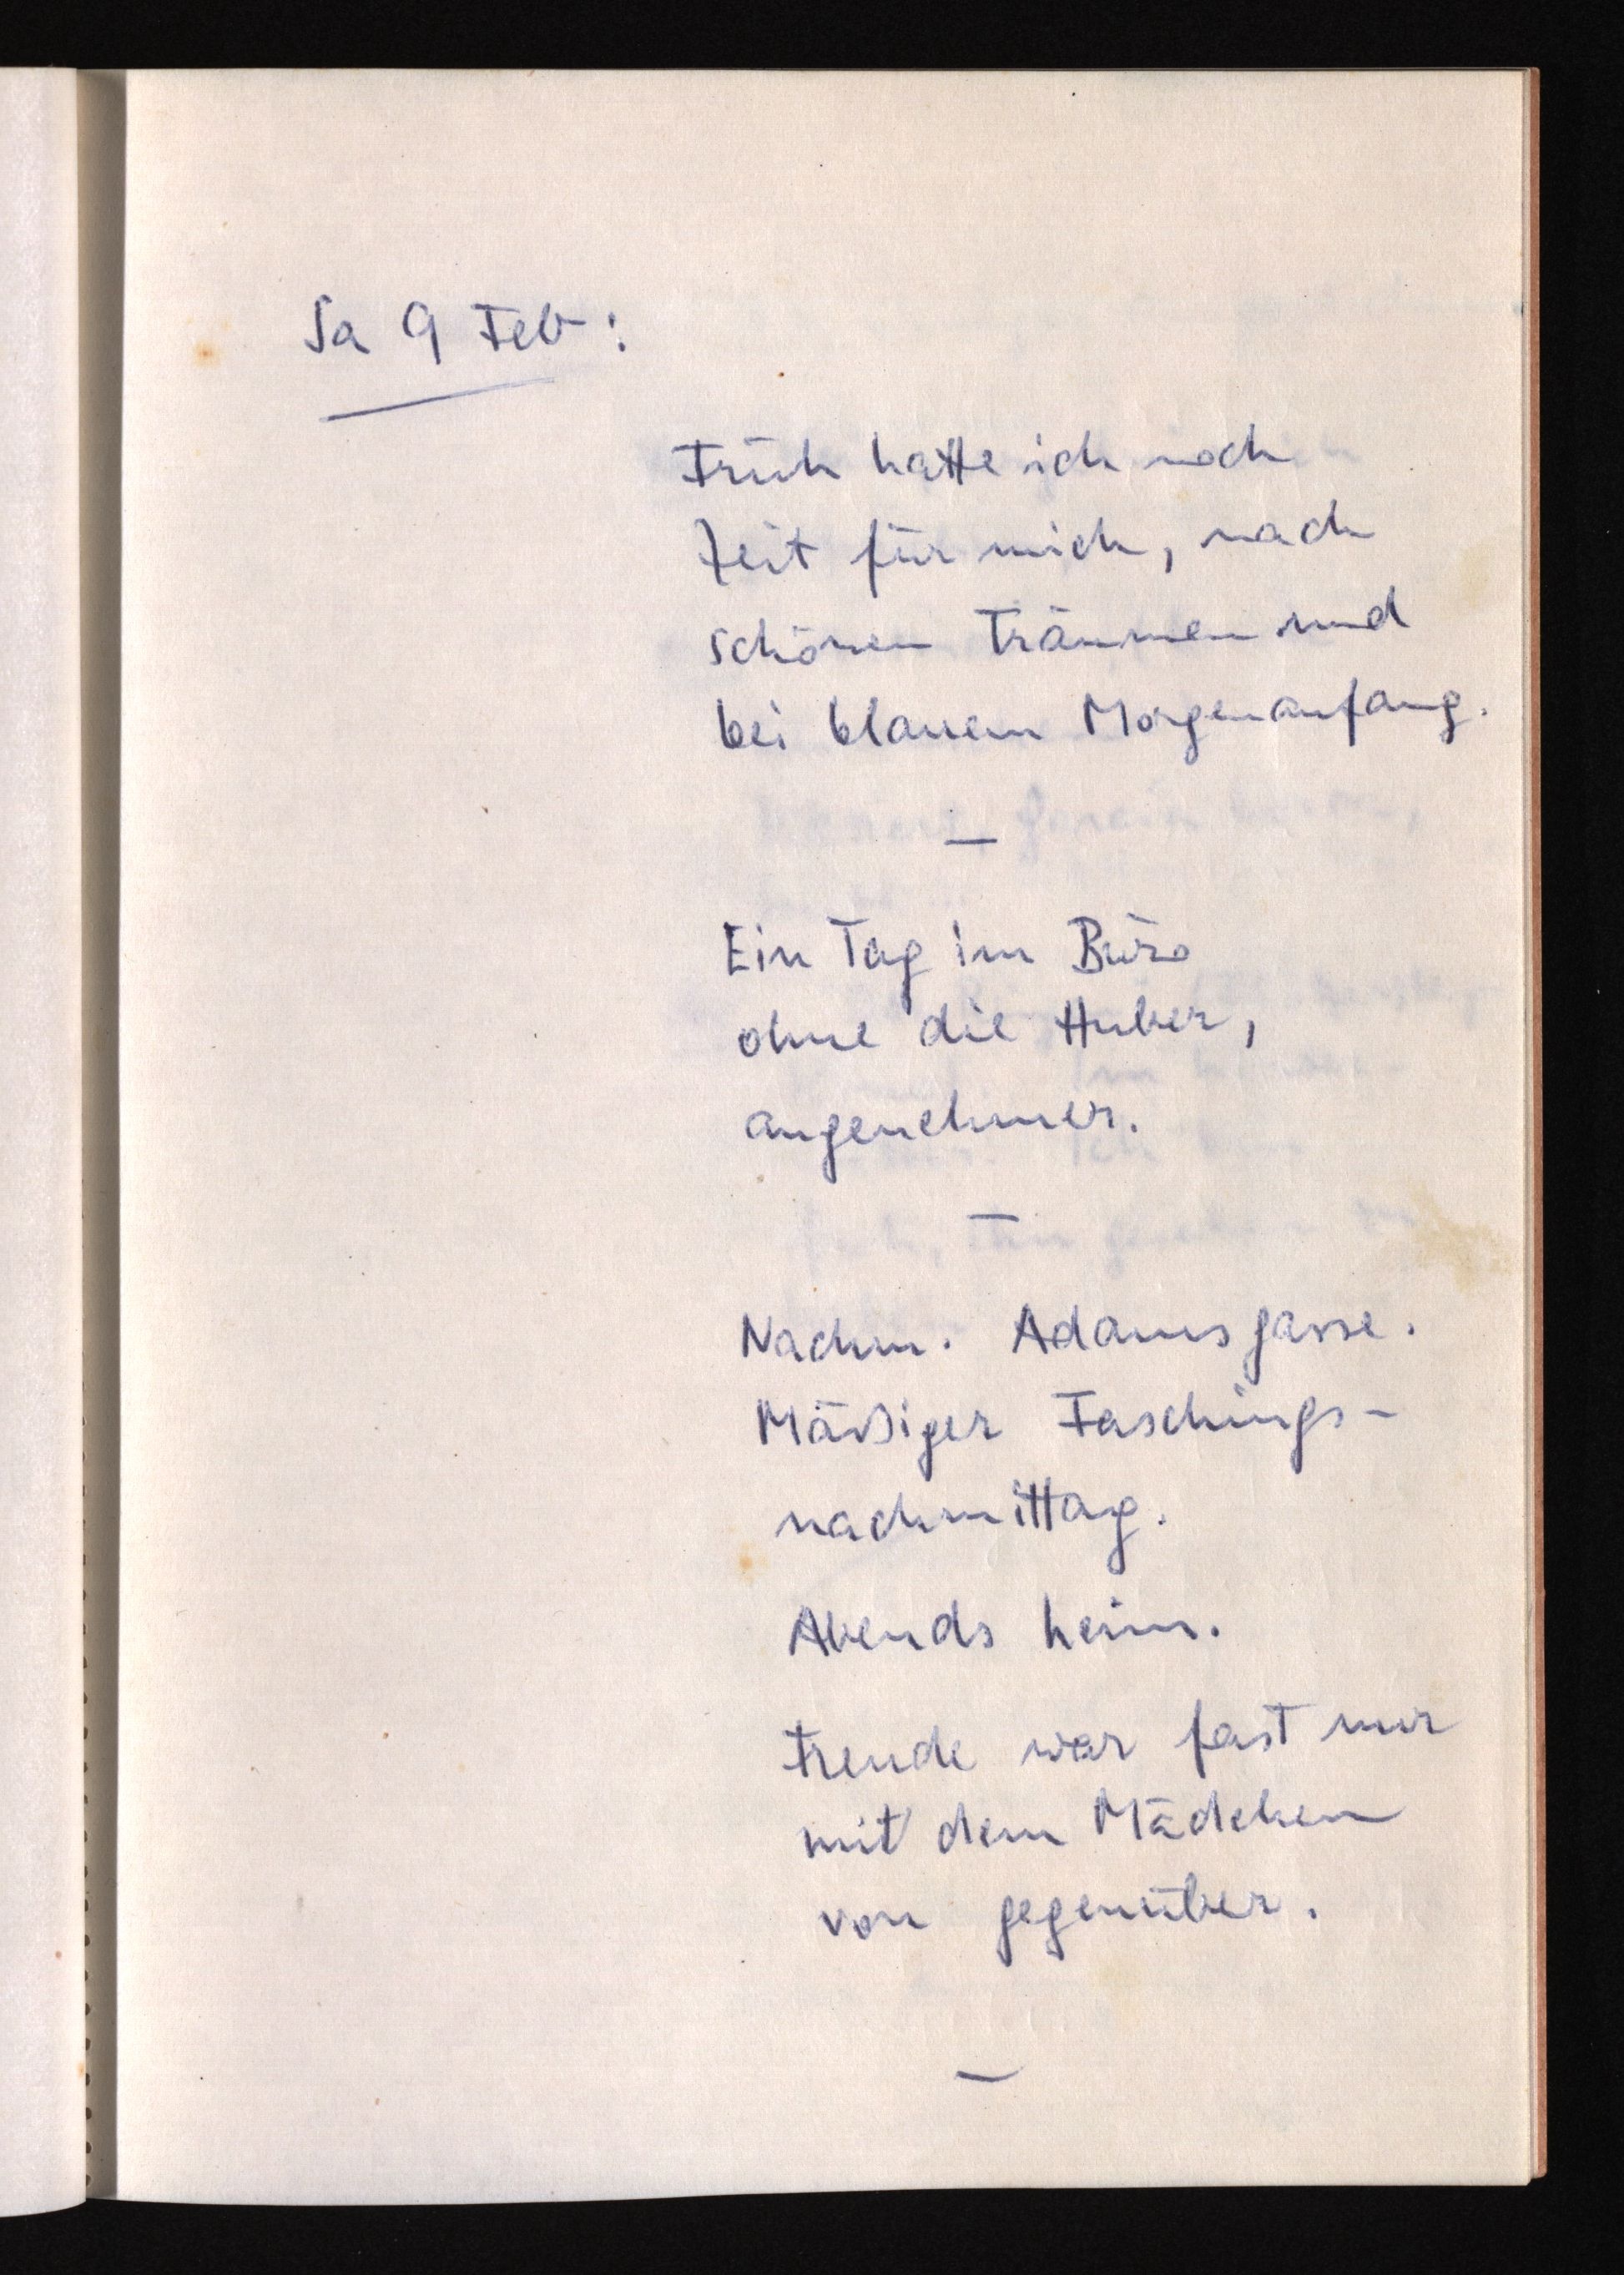
Sa 9 Feb:
Früh hatte ich noch
Zeit für mich, nach
schönen Träumen und
bei blauem Morgenanfang.
Ein Tag im Büro
ohne die Huber,
angenehmer.
Nachm. Adamsgasse.
Mäßiger Faschings¬
nachmittag.
Abends heim.
Freude war fast nur
mit dem Mädchen
von gegenüber.